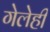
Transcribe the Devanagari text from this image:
गेलेही